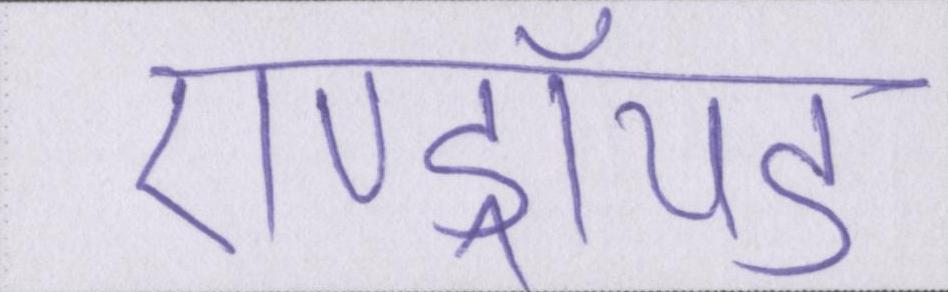
एण्ड्रॉयड